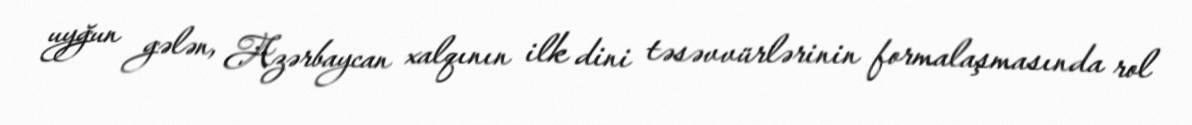
uyğun gələn, Azərbaycan xalqının ilk dini təsəvvürlərinin formalaşmasında rol